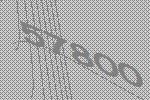
57800